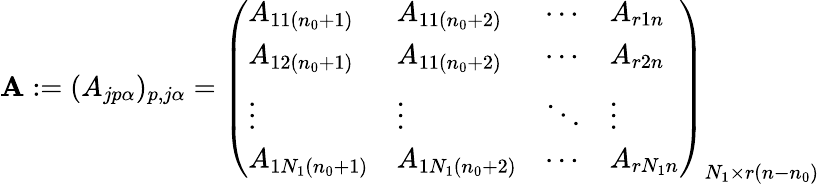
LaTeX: \mathbf{A}:=(A_{jp\alpha})_{p,j\alpha}=\left(\begin{array}{llll}{A_{11(n_{0}+1)}}&{A_{11(n_{0}+2)}}&{\cdots}&{A_{r1n}}\\ {A_{12(n_{0}+1)}}&{A_{11(n_{0}+2)}}&{\cdots}&{A_{r2n}}\\ {\vdots}&{\vdots}&{\ddots}&{\vdots}\\ {A_{1N_{1}(n_{0}+1)}}&{A_{1N_{1}(n_{0}+2)}}&{\cdots}&{A_{rN_{1}n}}\end{array}\right)_{N_{1}\times r(n-n_{0})}